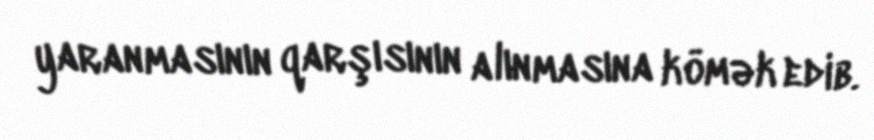
yaranmasının qarşısının alınmasına kömək edib.